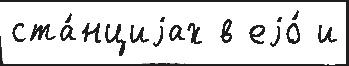
ста́нциjах в еjо́ и